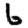
Digit: 6